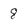
Character: 8